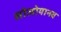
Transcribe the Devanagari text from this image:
सोलोयानव